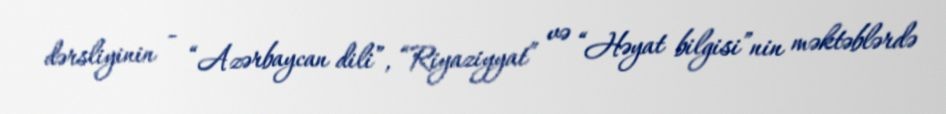
dərsliyinin - “Azərbaycan dili”, “Riyaziyyat” və “Həyat bilgisi”nin məktəblərdə